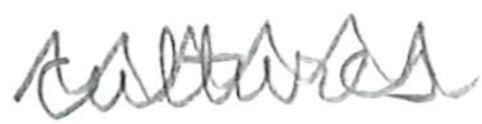
Text: cultures
Cross-out: zig-zag
Writing tool: pencil